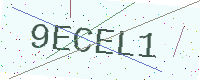
Text: 9ECEL1